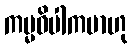
ကမ္မဝိပါကမာဟု